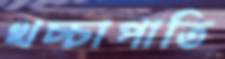
খচ্চাপাতি